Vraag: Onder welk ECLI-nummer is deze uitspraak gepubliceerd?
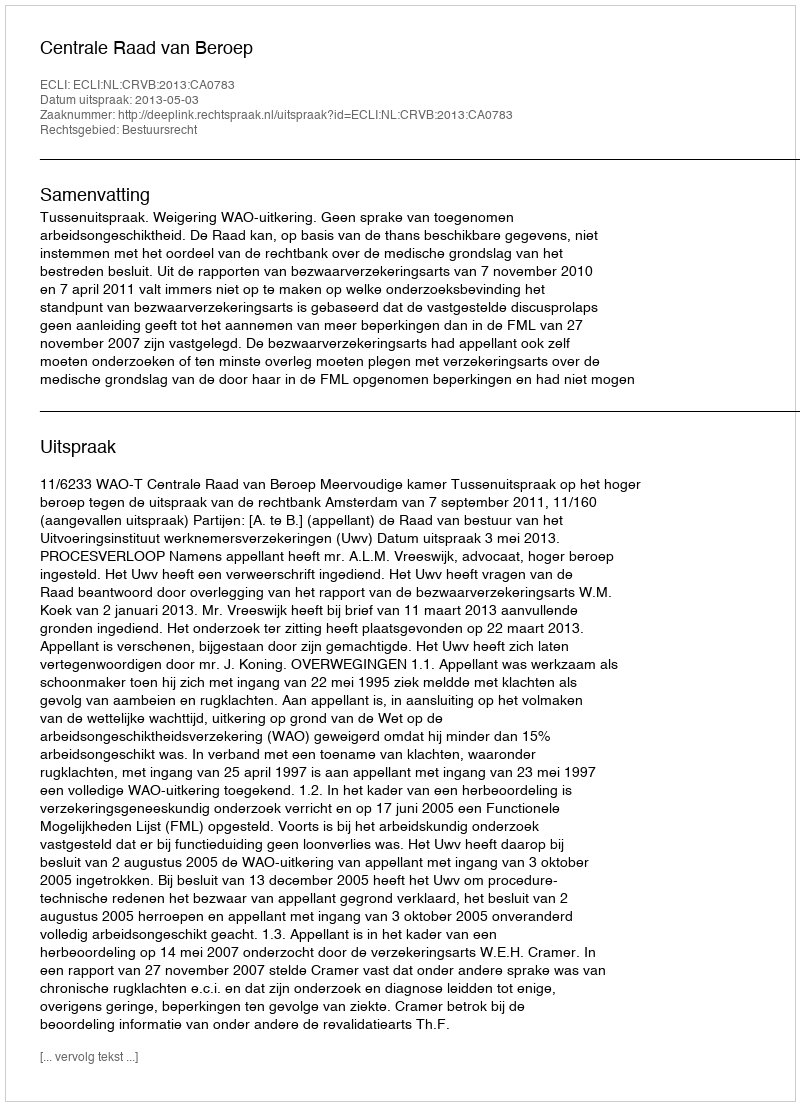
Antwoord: ECLI:NL:CRVB:2013:CA0783